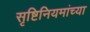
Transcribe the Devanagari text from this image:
सृष्टिनियमांच्या